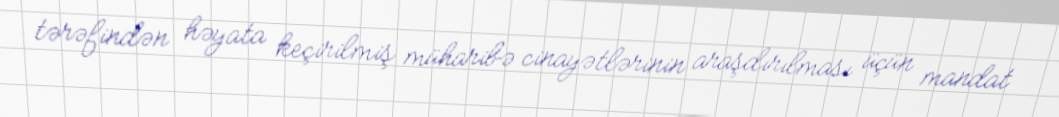
tərəfindən həyata keçirilmiş müharibə cinayətlərinin araşdırılması üçün mandat